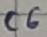
Text: C6